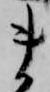
ま